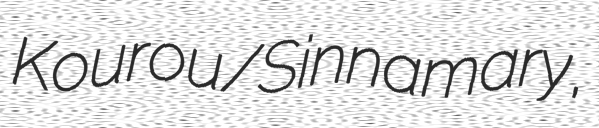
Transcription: Kourou/Sinnamary,